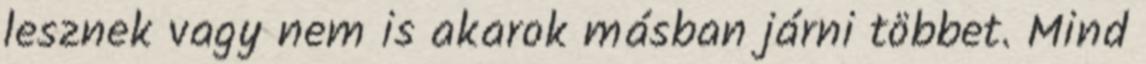
lesznek vagy nem is akarok másban járni többet. Mind